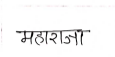
मजकूर: महाराजा